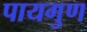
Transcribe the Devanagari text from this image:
पायगुण